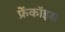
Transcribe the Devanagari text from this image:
फ्रेंकॉइस